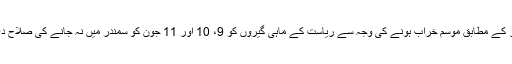
پریس ریلیز کے مطابق موسم خراب ہونے کی وجہ سے ریاست کے ماہی گیروں کو 9، 10 اور 11 جون کو سمندر میں نہ جانے کی صلاح دی گئی ہے۔